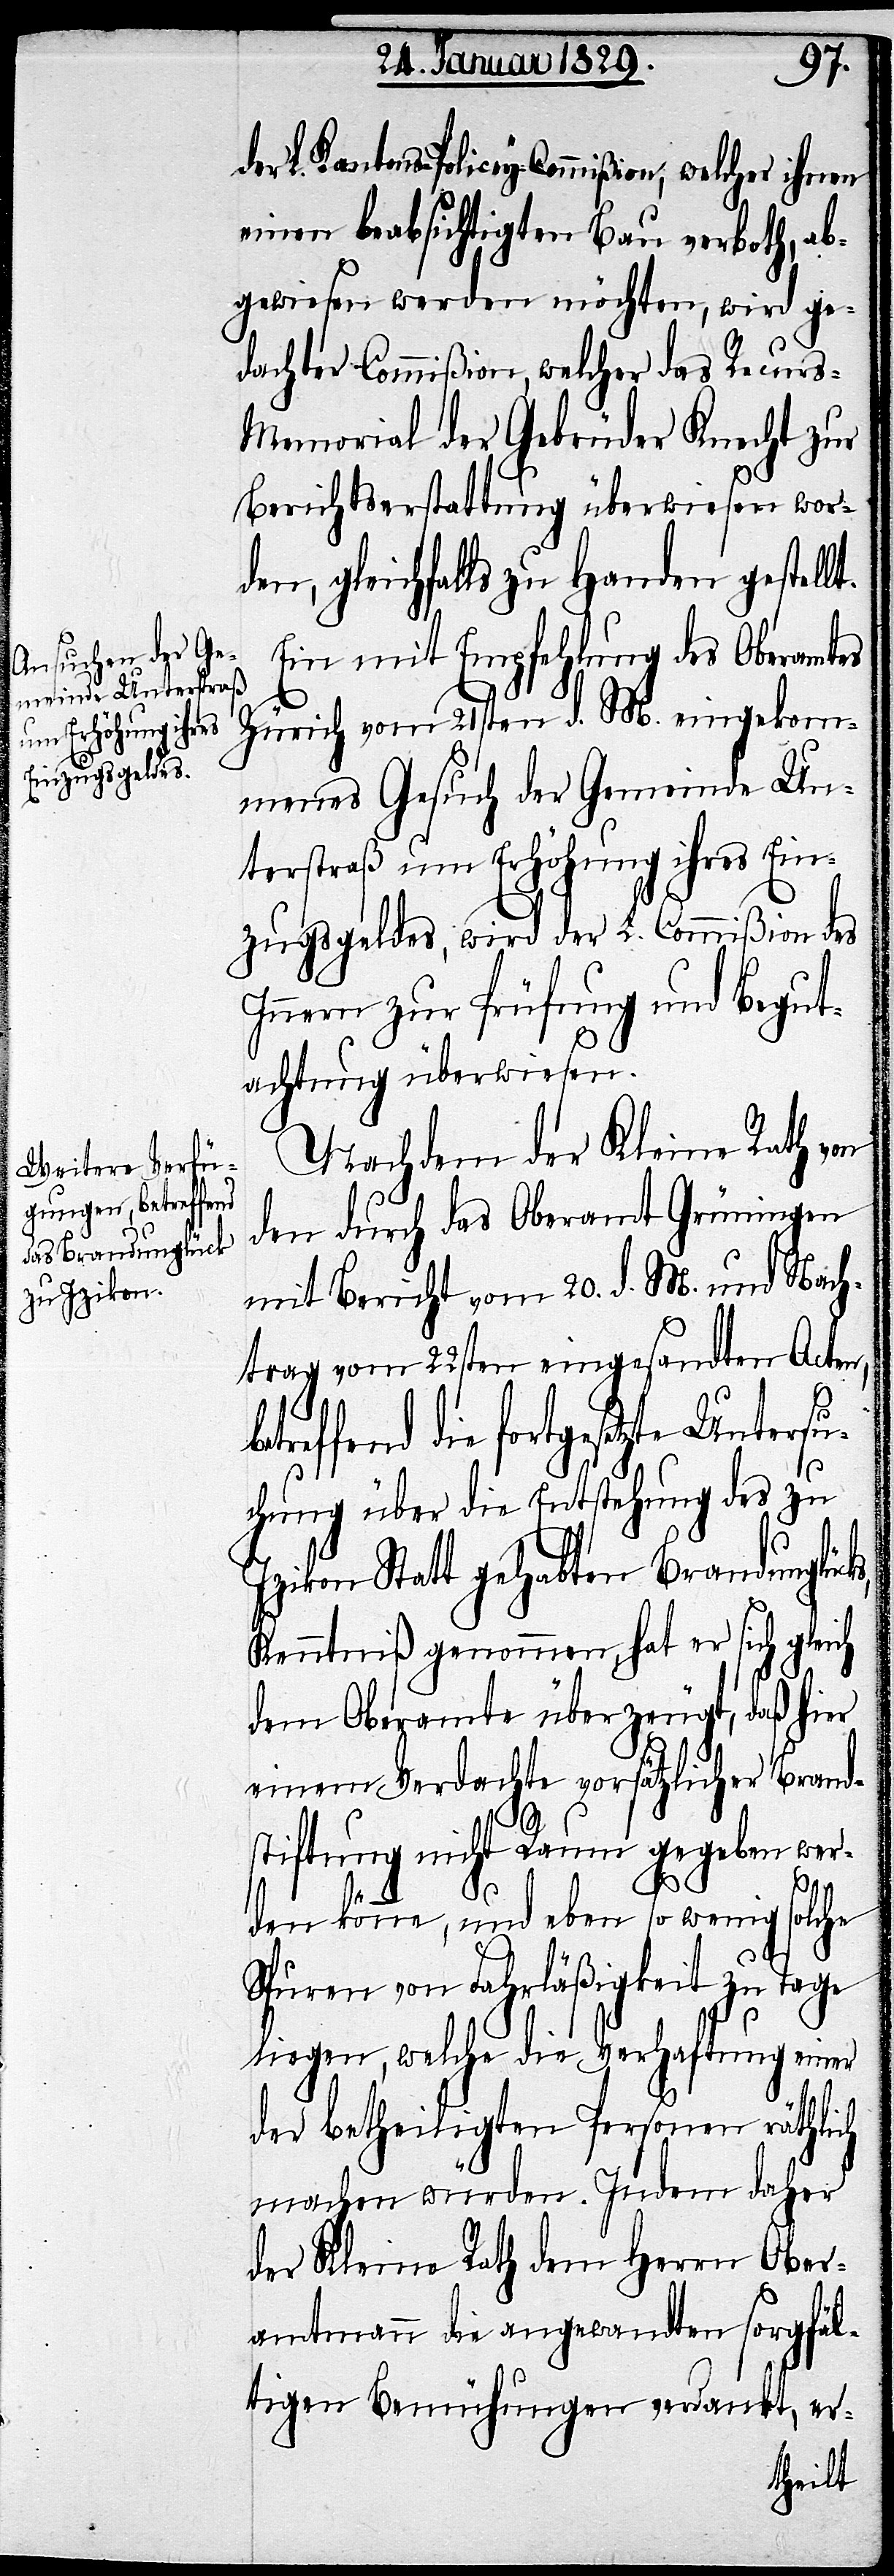
der L. Kantons-Policey-Commißion, welcher ihnen
einen beabsichtigten Bau verboth, ab¬
gewiesen werden möchten, wird ge¬
dachter Commißion, welcher das Recur¬
s-Memorial der Gebrüder Knecht zur
Berichtserstattung überwiesen wor¬
den, gleichfalls zu Handen gestellt.
Ein mit Empfehlung des Oberamtes
Zürich vom 21sten d. M. eingekom¬
menes Gesuch der Gemeinde Un¬
terstraß um Erhöhung ihres Ein¬
zugsgeldes, wird der L. Commißion des
Innern zur Prüfung und Begut¬
achtung überwiesen.
Nachdem der Kleine Rath
den durch das Oberamt Grüningen
mit Bericht vom 20. d. M. und Nach¬
trag vom 22sten eingesandten Acten,
reffend die fortgesetzte Untersu¬
chung über die Entstehung des zu
Izikon Statt gehabten Brandunglück¬
Kenntniß genommen, hat er sich gleich
dem Oberamte überzeugt, daß hier
einem Verdachte vorsätzlicher Brand¬
stiftung nicht Raum gegeben wer¬
s,
den könne, und eben so wenig solche
Spuren von Fahrläßigkeit zu Tage
liegen, welche die Verhaftung einer
der betheiligten Personen räthlich
machen würden. Indem daher
der Kleine Rath dem Herrn Ober¬
amtmann die angewandten sorgfäl¬
tigen Bemühungen verdankt, er-